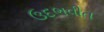
ઉદભવીત